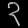
Digit: ၃